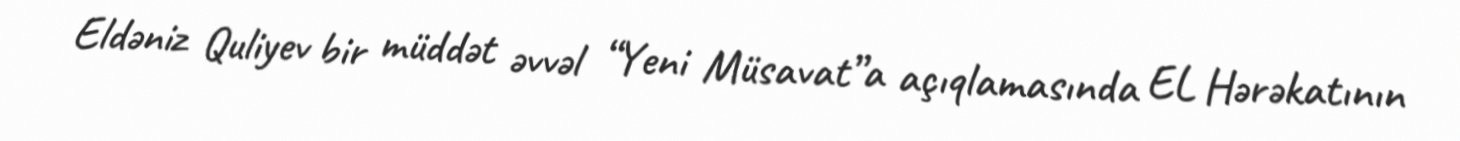
Eldəniz Quliyev bir müddət əvvəl “Yeni Müsavat”a açıqlamasında EL Hərəkatının